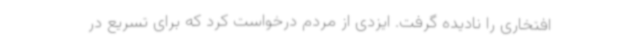
افتخاری را نادیده گرفت. ایزدی از مردم درخواست کرد که برای تسریع در